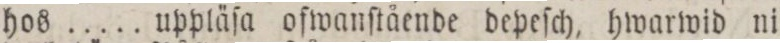
hos ..... uppläſa ofwanſtående depeſch, hwarwid ni